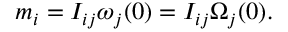
\begin{array} { r } { m _ { i } = I _ { i j } \omega _ { j } ( 0 ) = I _ { i j } \Omega _ { j } ( 0 ) . } \end{array}